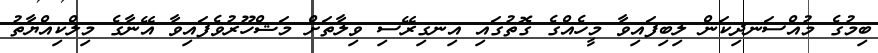
ބިމުގެ މުއްސަނދިކަން ލިބިފައިވާ މީހެއްގެ ގޮތުގައި އިނގިރޭސި ވިލާތަށް މަޝްހޫރުވެފައިވާ އޭނާގެ މިލްކިއްޔާތު